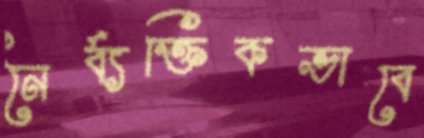
নৈর্ব্যক্তিকভাবে